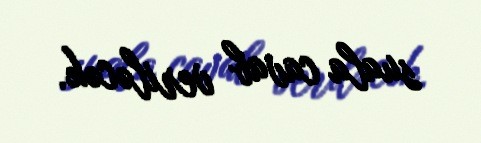
suala cavab veriləcək.